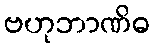
ဗဟုဘာဏိဓ